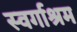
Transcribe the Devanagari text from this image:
स्‍वर्गाश्रम